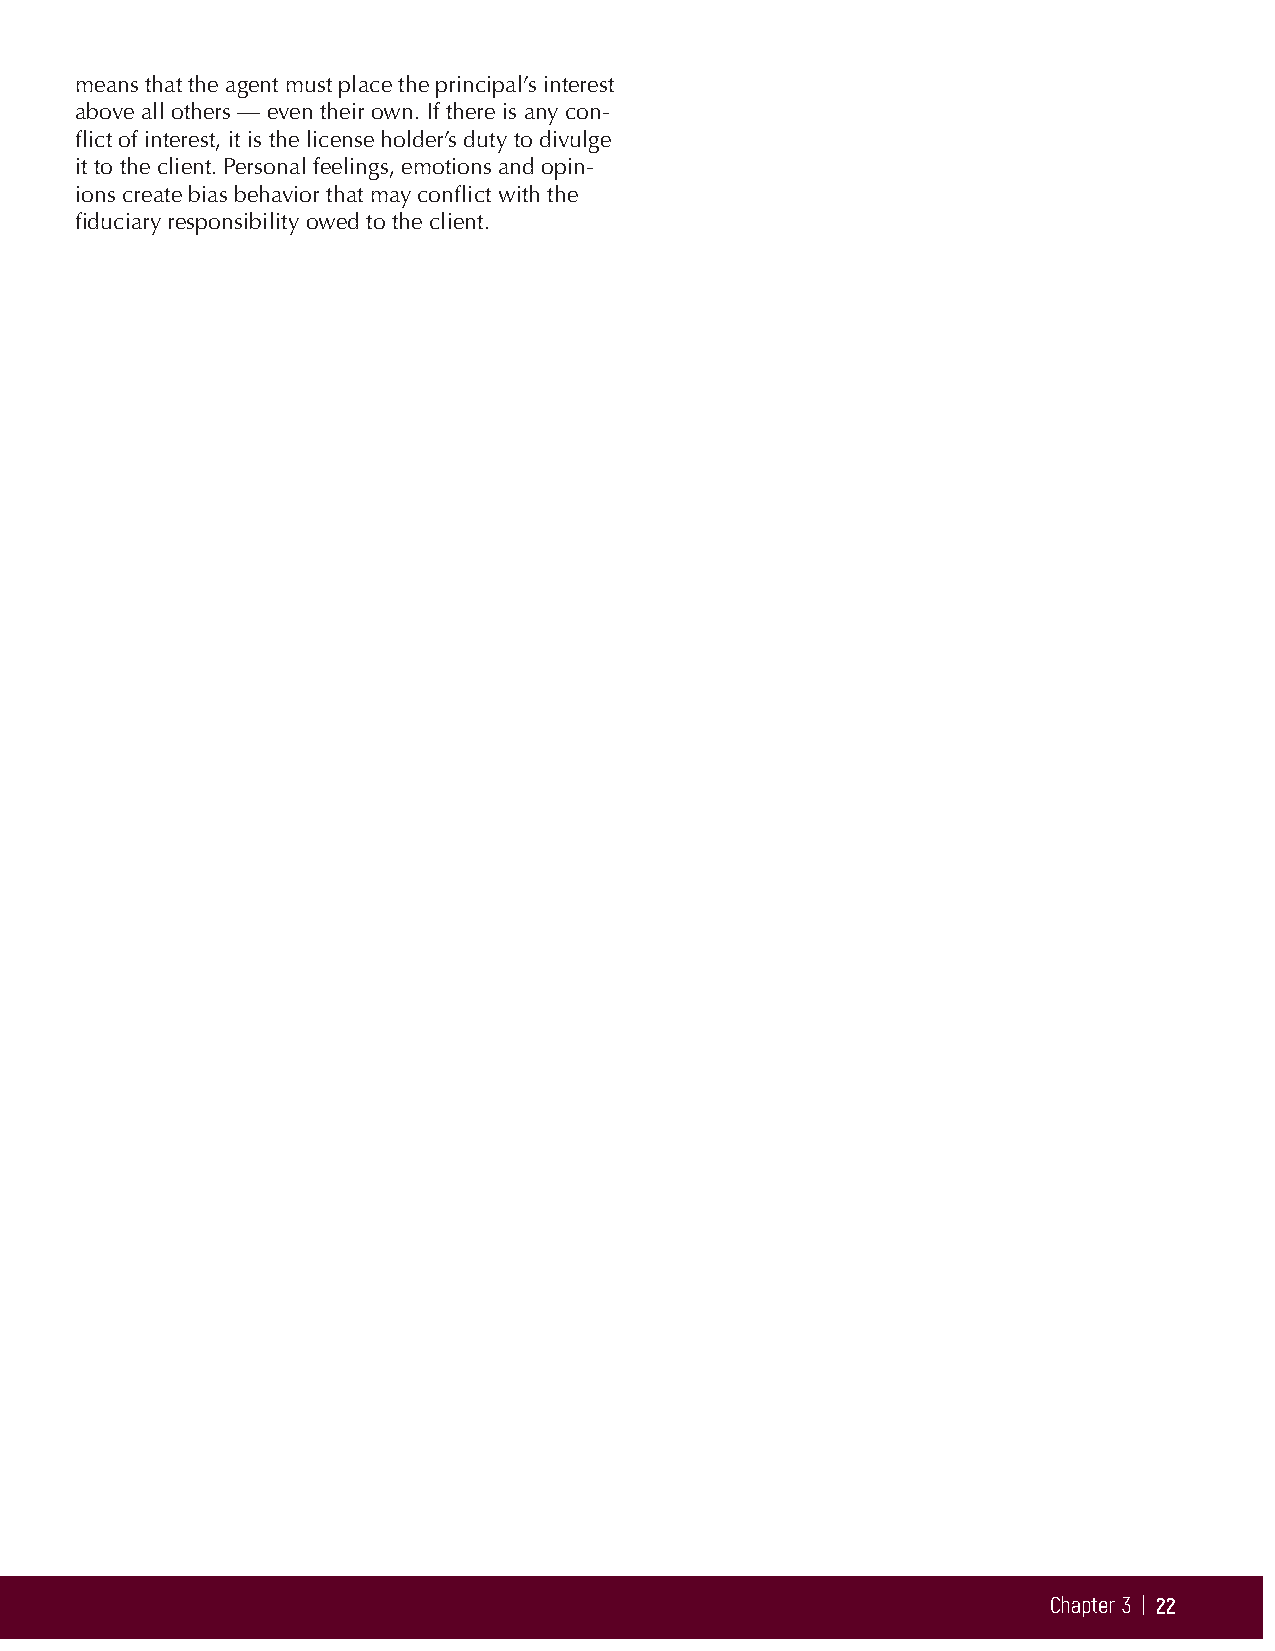
means that the agent must place the principal’s interest
 above all others — even their own. If there is any con-
 flict of interest, it is the license holder’s duty to divulge
 it to the client. Personal feelings, emotions and opin-
 ions create bias behavior that may conflict with the
 fiduciary responsibility owed to the client.
 Chapter 3 | 22